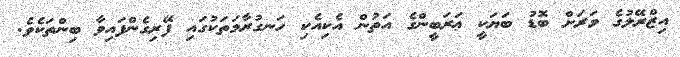
އިޒްރޭލުގެ ވަރަށް ބޮޑު ބަޔަކީ ޢަރަބީންގެ އަތުން އެކިއެކި ހަނގުރާމަތަކުގައި ފޭރިގެންފައިވާ ބިންތަކެވެ.